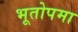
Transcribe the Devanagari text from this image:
भूतोपमा